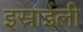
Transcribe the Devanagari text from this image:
इस्राईली